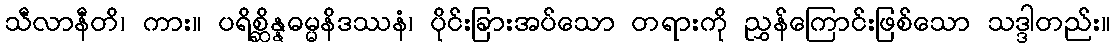
သီလာနီတိ၊ ကား။ ပရိစ္ဆိန္နဓမ္မနိဒဿနံ၊ ပိုင်းခြားအပ်သော တရားကို ညွှန်ကြောင်းဖြစ်သော သဒ္ဒါတည်း။